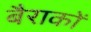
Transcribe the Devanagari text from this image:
बैराकों